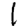
Digit: 1